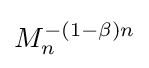
M_{n}^{-(1-\beta )n}